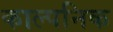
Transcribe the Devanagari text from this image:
काल्‍पनिक